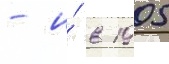
- и́ в 1905